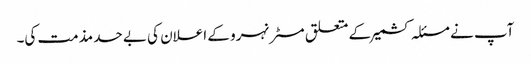
آپ نے مسئلہ کشمیر کے متعلق مسٹر نہرو کے اعلان کی بے حد مذمت کی۔